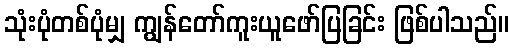
သုံးပုံတစ်ပုံမျှ ကျွန်တော်ကူးယူဖော်ပြခြင်း ဖြစ်ပါသည်။